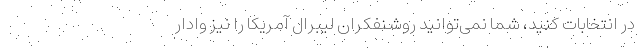
در انتخابات کنید، شما نمی‌توانید روشنفکران لیبرال آمریکا را نیز وادار